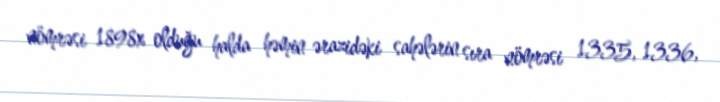
nömrəsi 1898x olduğu halda həmin ərazidəki sahələrin sıra nömrəsi 1335, 1336,